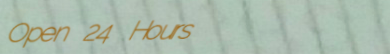
Open 24 Hours